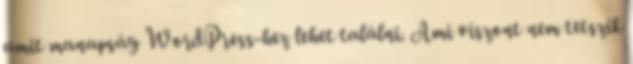
amit manapság WordPress-hez lehet találni. Ami viszont nem tetszik